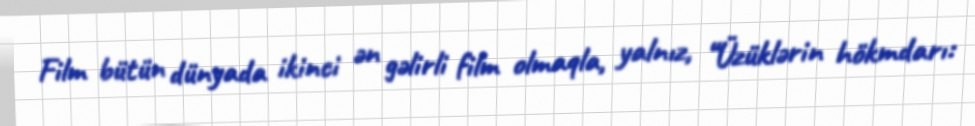
Film bütün dünyada ikinci ən gəlirli film olmaqla, yalnız, “Üzüklərin hökmdarı: